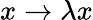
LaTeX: x\rightarrow\lambda x